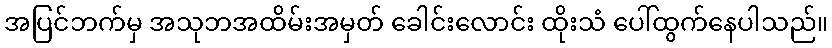
အပြင်ဘက်မှ အသုဘအထိမ်းအမှတ် ခေါင်းလောင်း ထိုးသံ ပေါ်ထွက်နေပါသည်။